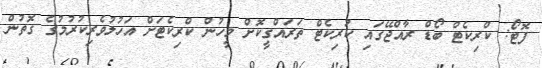
ފޮޓޯ: ކްރިކެޓް ބޯޑް ރާއްޖޭގައި ކުރިކެޓް ތަރައްގީކޮށް މީހުން ކްރިކެޓަށް އަހުލުވެރިކުރުމުގެ ގޮތުން